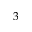
3